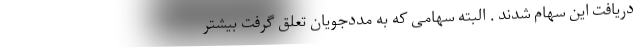
دریافت این سهام شدند . البته سهامی که به مددجویان تعلق گرفت بیشتر